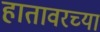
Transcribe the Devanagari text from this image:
हातावरच्या